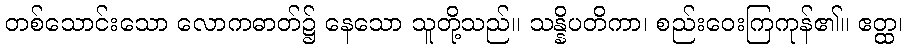
တစ်သောင်းသော လောကဓာတ်၌ နေသော သူတို့သည်။ သန္နိပတိကာ၊ စည်းဝေးကြကုန်၏။ ဧတ္ထ၊